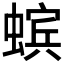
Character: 𧏖